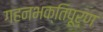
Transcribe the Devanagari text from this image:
गहनभक्तिपूर्ण